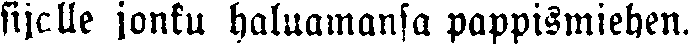
sijalle jonku haluamansa pappismiehen.